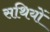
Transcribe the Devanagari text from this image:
सथियों